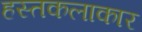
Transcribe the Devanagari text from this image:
हस्तकलाकार